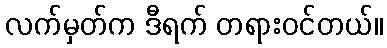
လက်မှတ်က ဒီရက် တရားဝင်တယ်။